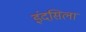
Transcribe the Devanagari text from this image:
इंदसिला